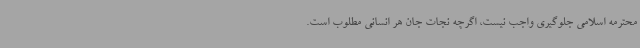
محترمه اسلامی جلوگیری واجب نیست، اگرچه نجات جان هر انسانی مطلوب است.